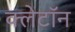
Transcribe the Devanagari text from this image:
क्लेटॉन